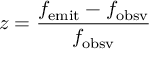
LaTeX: z = { \frac { f _ { \mathrm { e m i t } } - f _ { \mathrm { o b s v } } } { f _ { \mathrm { o b s v } } } }